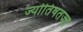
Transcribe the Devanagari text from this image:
ज्योतिषतज्ज्ञ